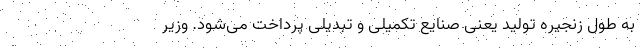
به طول زنجیره تولید یعنی صنایع تکمیلی و تبدیلی پرداخت می‌‌شود. وزیر